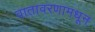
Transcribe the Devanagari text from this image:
वातावरणामधून